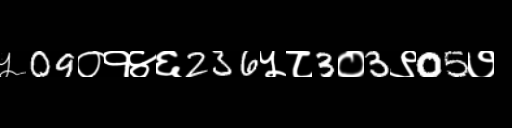
Text: ५09०१४६236५८3०3९05७